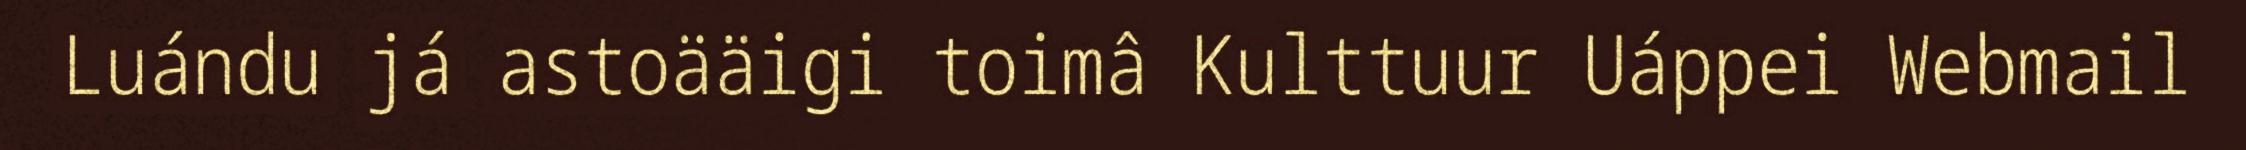
Luándu já astoääigi toimâ Kulttuur Uáppei Webmail